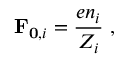
\mathbf { F } _ { \mathbf { 0 } , i } = \frac { e n _ { i } } { Z _ { i } } \ ,